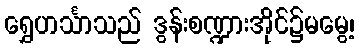
ရွှေဟင်္သာသည် ဒွန်းစဏ္ဍားအိုင်၌မမွေ့၊